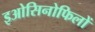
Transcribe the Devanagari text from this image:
इओसिनोफिलों